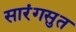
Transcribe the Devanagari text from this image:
सारंगसुत